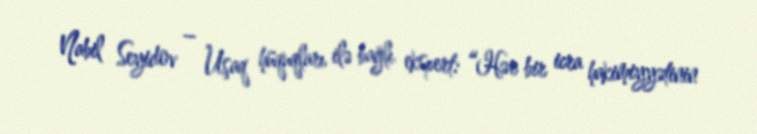
Nabil Seyidov – Uşaq hüquqları ilə bağlı ekspert: “Hər bir icra hakimiyyətinin